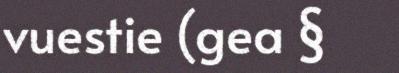
vuestie (gea §